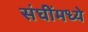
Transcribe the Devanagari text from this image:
संघींमध्ये